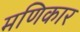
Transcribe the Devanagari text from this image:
मणिकार